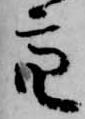
亮